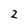
Character: 2